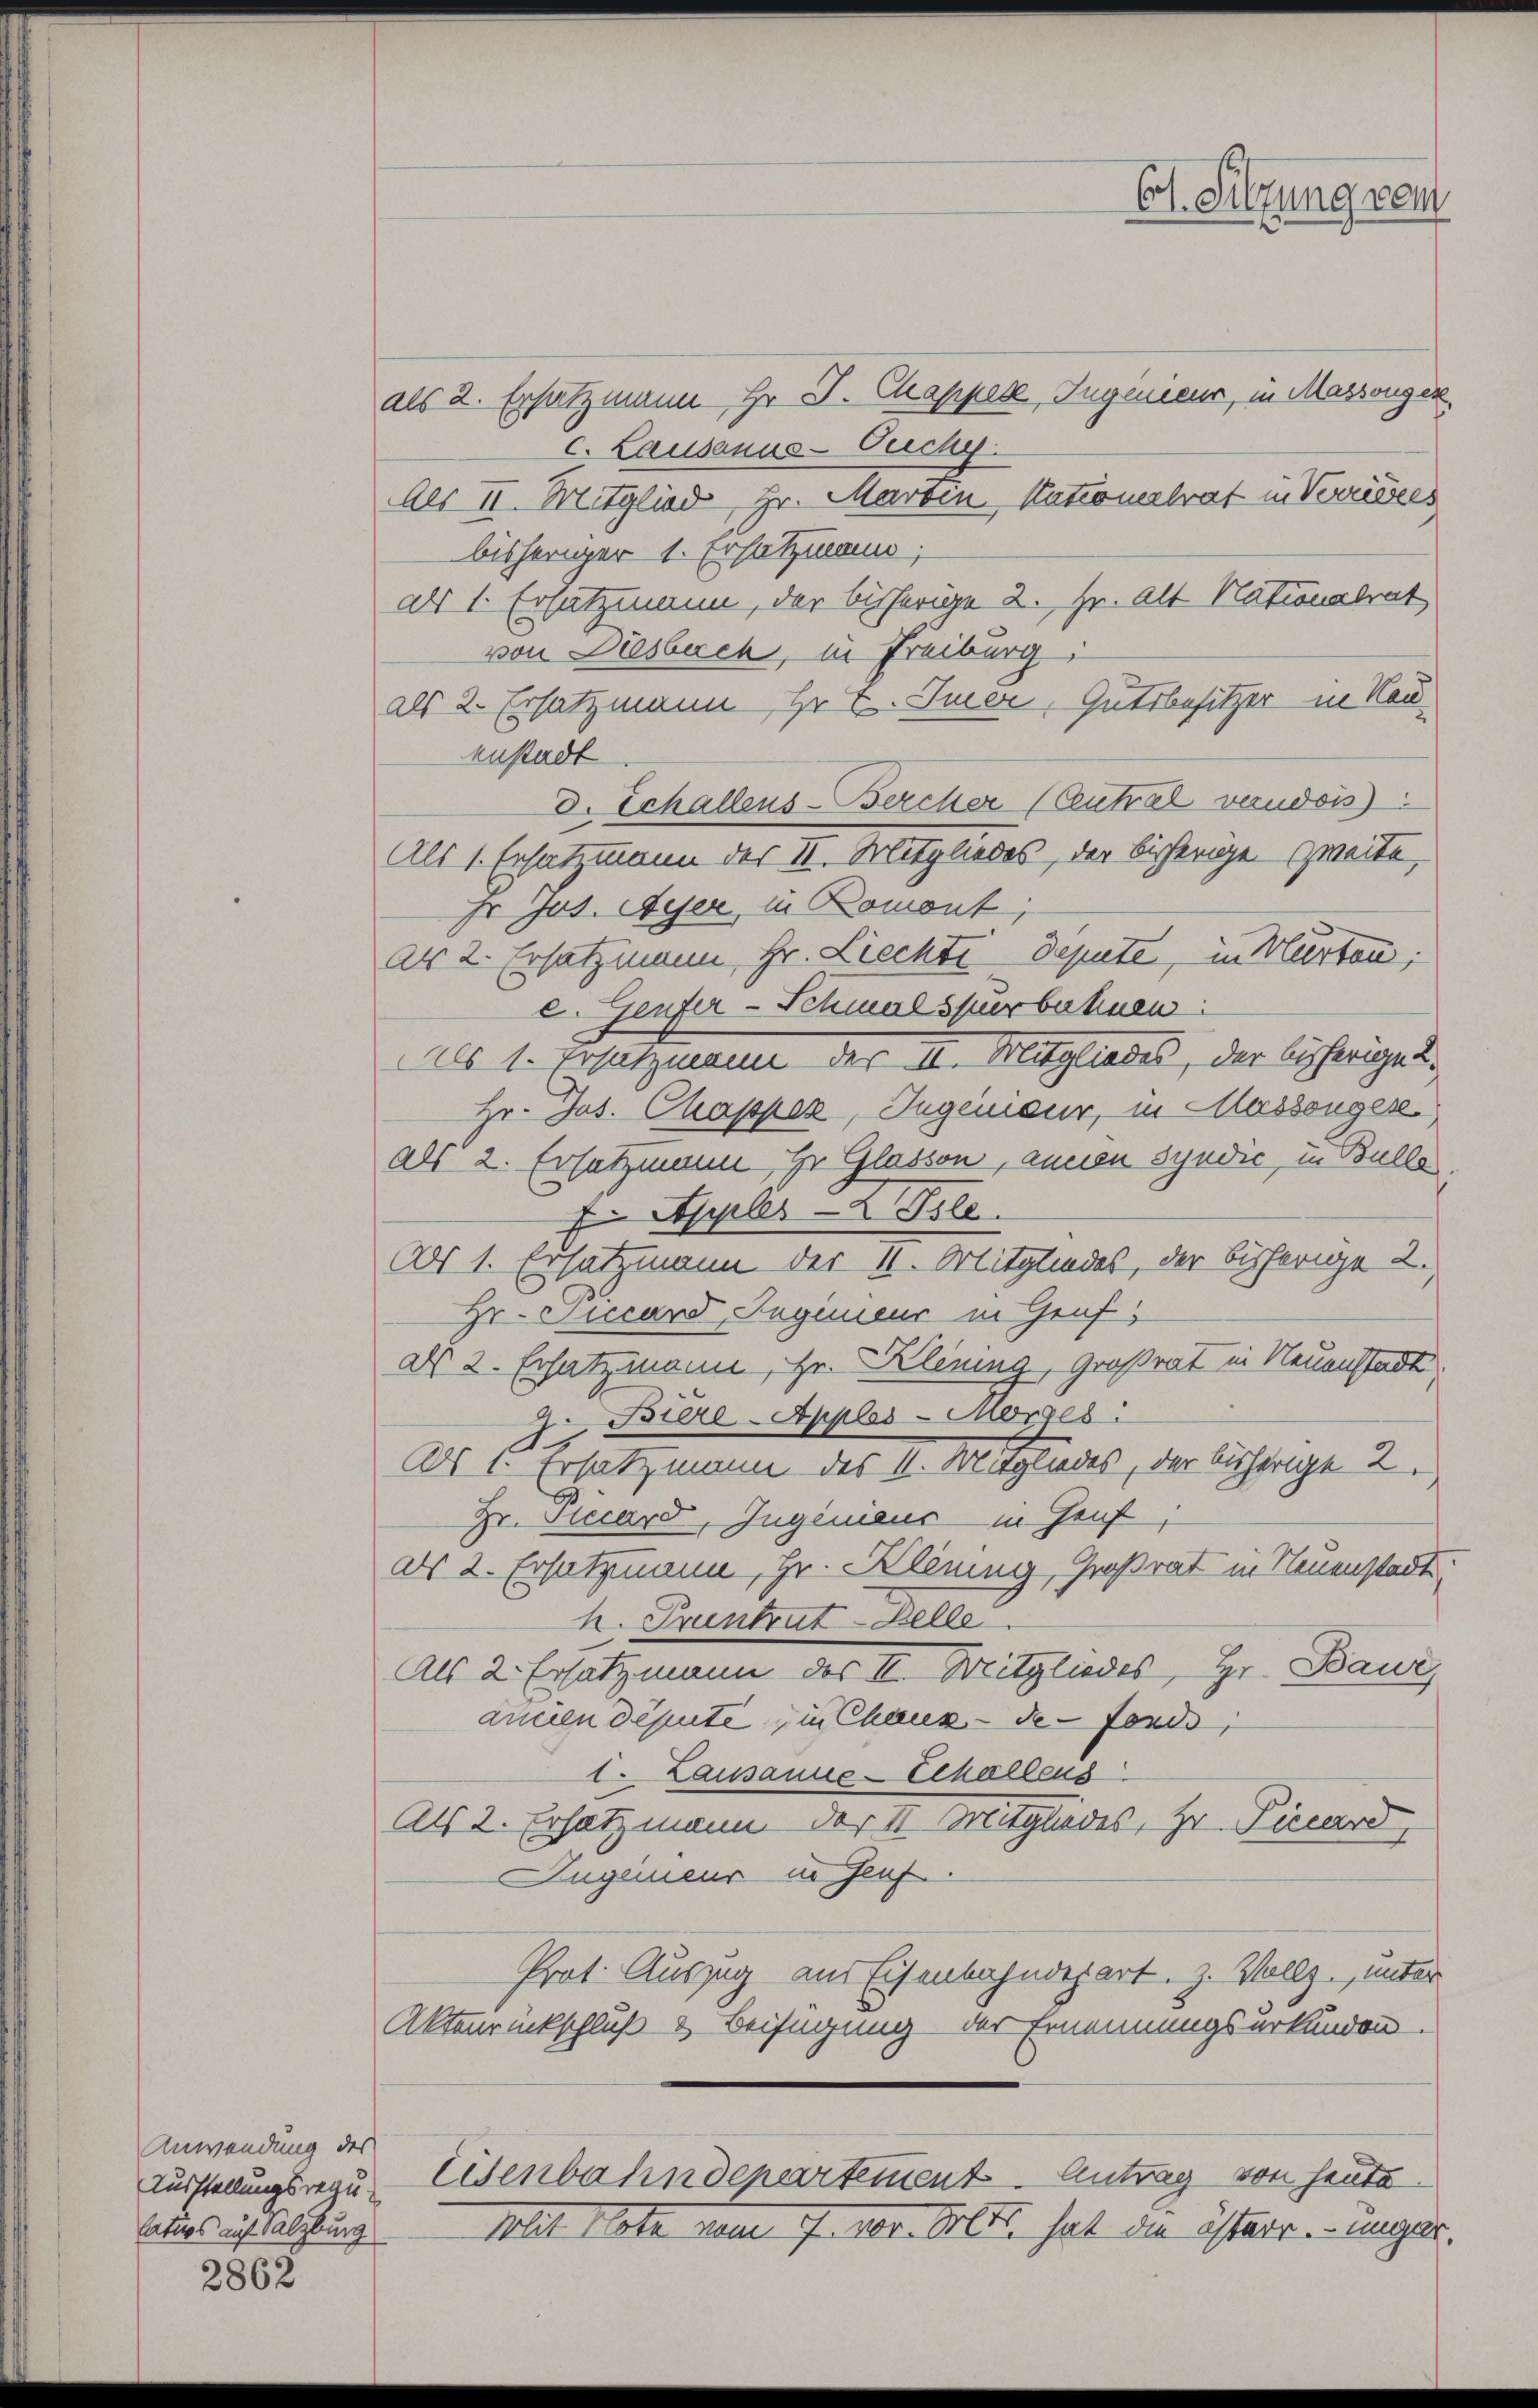
2862

Anwendung des
Ausstellungsregun
latios auf Salzburg

als 2. Ersatzmann, Hr. P. Chapper, Ingenieur, in Massongek
CLausanus-Ouchy
Als II. Mitglied, Hr. Martin Nationalrat in Verrieder
bisheriger 1. Ersatzmag;
als 1. Ersatzmann, der bisherige 2. Hr. Alt Nationalrat
von Diesbach, in Freiburg,
als 2. Ersatzmann, Hr. E. Iner, Gutsbesitzer in Kau
enstadt
D. Schallens-Bercher (Autral verudois)
Als 1. Ersatzmann des II. Mitgliedes, der bisherige Zweite,
Er Jos. Auer, in Romont,
ar 2. Ersatzmann Hr. Liechte Depute, in Marten;
e. Genfer-Schmalspurbahnen
Als 1. Ersatzmann der 11. Mitgliedes, der bisherige
Hr. Jos. Chappez, Ingenieur, in Massengese
als 2. Ersatzmann, Hr. Glasson, annen Syndić, in Bulle
n Apples Isle
Als 1. Ersatzmann der II. Mitgliedes, der bisherige 2.
Hr. Jucard, Ingenieur in Gruf
als 2. Ersatzmann, Hr. Blening, Großrat in Neuenstadt.
2. Biere-Apples-Morges
As 1. Ersatzmann des I. Mitgliedes, der bisherige 2.
Hr. Picard, Ingenieur in Genf,
als 2. Ersatzung, Hr. Klining, Großrat in Neuenstadt,
h. Pruntrut Zelle
Als 2. Ersatzmann des II. Mitgliedes, Hr. Baue
annen depute, in Chaux-de-Fonds,
c. Lausanne-Echallens
Als 2. Ersatzmann der II. Mitgliedes, Hr. Pirard,
Ingenieur in Genf.
Prat. Auszug aus Eisenbahndepart. Z. Vollz., unter
Aktenrückschluß & Beifügung der Ernennungsurkunden.
Eisenbahndepartement. Antrag von heute
Mit Note dann J. vor Brette hat die österr. unger.

Ct. Sitzung vom